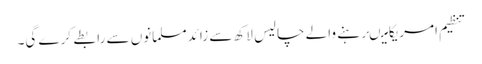
تنظیم امریکامیںرہنے والے چالیس لاکھ سے زائدمسلمانوں سے رابطے کرے گی۔